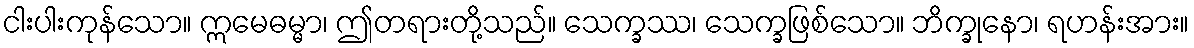
ငါးပါးကုန်သော။ ဣမေဓမ္မာ၊ ဤတရားတို့သည်။ သေက္ခဿ၊ သေက္ခဖြစ်သော။ ဘိက္ခုနော၊ ရဟန်းအား။